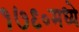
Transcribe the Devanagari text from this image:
१७९०मध्ये